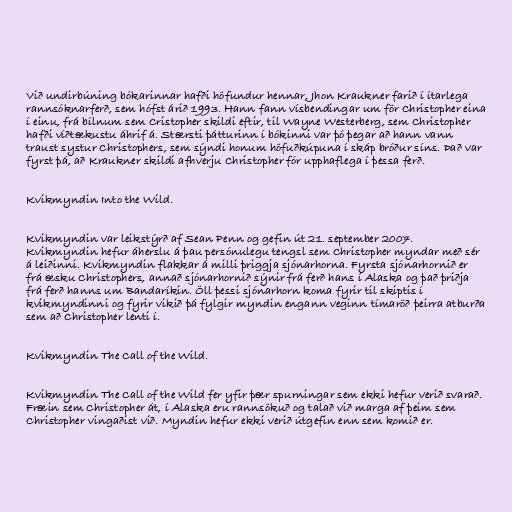
Við undirbúning bókarinnar hafði höfundur hennar, Jhon Kraukner farið í ítarlega
rannsóknarferð, sem hófst árið 1993. Hann fann vísbendingar um för Christopher eina
í einu, frá bílnum sem Cristopher skildi eftir, til Wayne Westerberg, sem Christopher
hafði víðtækustu áhrif á. Stærsti þátturinn í bókinni var þó þegar að hann vann
traust systur Christophers, sem sýndi honum höfuðkúpuna í skáp bróður síns. Það var
fyrst þá, að Kraukner skildi afhverju Christopher fór upphaflega í þessa ferð.

Kvikmyndin Into the Wild.

Kvikmyndin var leikstýrð af Sean Penn og gefin út 21. september 2007.
Kvikmyndin hefur áherslu á þau persónulegu tengsl sem Christopher myndar með sér
á leiðinni. Kvikmyndin flakkar á milli þriggja sjónarhorna. Fyrsta sjónarhornið er
frá æsku Christophers, annað sjónarhornið sýnir frá ferð hans í Alaska og það þriðja
frá ferð hanns um Bandaríkin. Öll þessi sjónarhorn koma fyrir til skiptis í
kvikmyndinni og fyrir vikið þá fylgir myndin engann veginn tímaröð þeirra atburða
sem að Christopher lenti í.

Kvikmyndin The Call of the Wild.

Kvikmyndin The Call of the Wild fer yfir þær spurningar sem ekki hefur verið svarað.
Fræin sem Christopher át, í Alaska eru rannsökuð og talað við marga af þeim sem
Christopher vingaðist við. Myndin hefur ekki verið útgefin enn sem komið er.